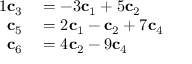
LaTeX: \begin{array} { r l } { { 1 } \mathbf { c } _ { 3 } } & { { } = - 3 \mathbf { c } _ { 1 } + 5 \mathbf { c } _ { 2 } } \\ { \mathbf { c } _ { 5 } } & { { } = 2 \mathbf { c } _ { 1 } - \mathbf { c } _ { 2 } + 7 \mathbf { c } _ { 4 } } \\ { \mathbf { c } _ { 6 } } & { { } = 4 \mathbf { c } _ { 2 } - 9 \mathbf { c } _ { 4 } } \end{array}